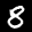
Label: 8